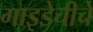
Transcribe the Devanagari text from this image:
गाइडेचीचे